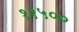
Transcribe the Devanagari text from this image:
११५००